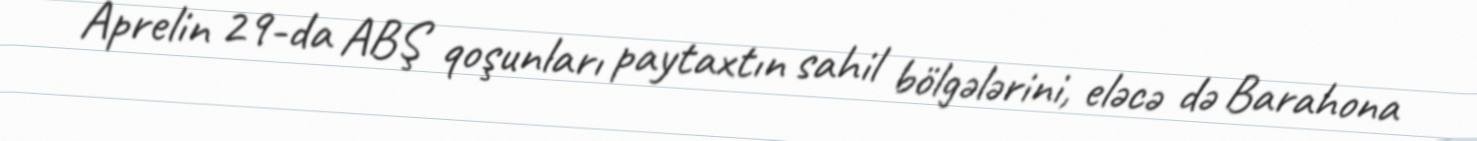
Aprelin 29-da ABŞ qoşunları paytaxtın sahil bölgələrini, eləcə də Barahona